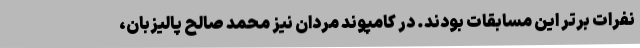
نفرات برتر این مسابقات بودند. در کامپوند مردان نیز محمد صالح پالیزبان،